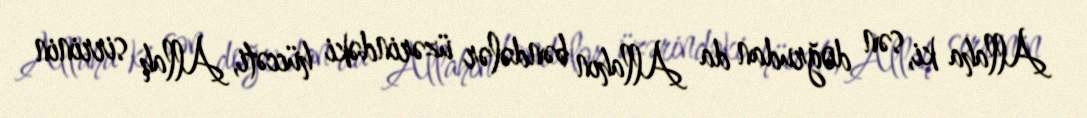
Allaha ki, sən doğrudan da Allahın bəndələr üzərindəki hüccəti, Allah sirrinin